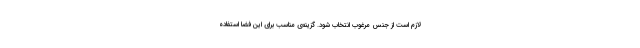
لازم است از جنس مرغوب انتخاب شود. گزینه‌ی مناسب برای این فضا استفاده